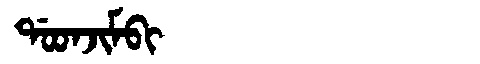
Manchu: ᡩᠣᠣᠨᠵᡳᠮᠪᡳ
Romanization: DOONJIMBI